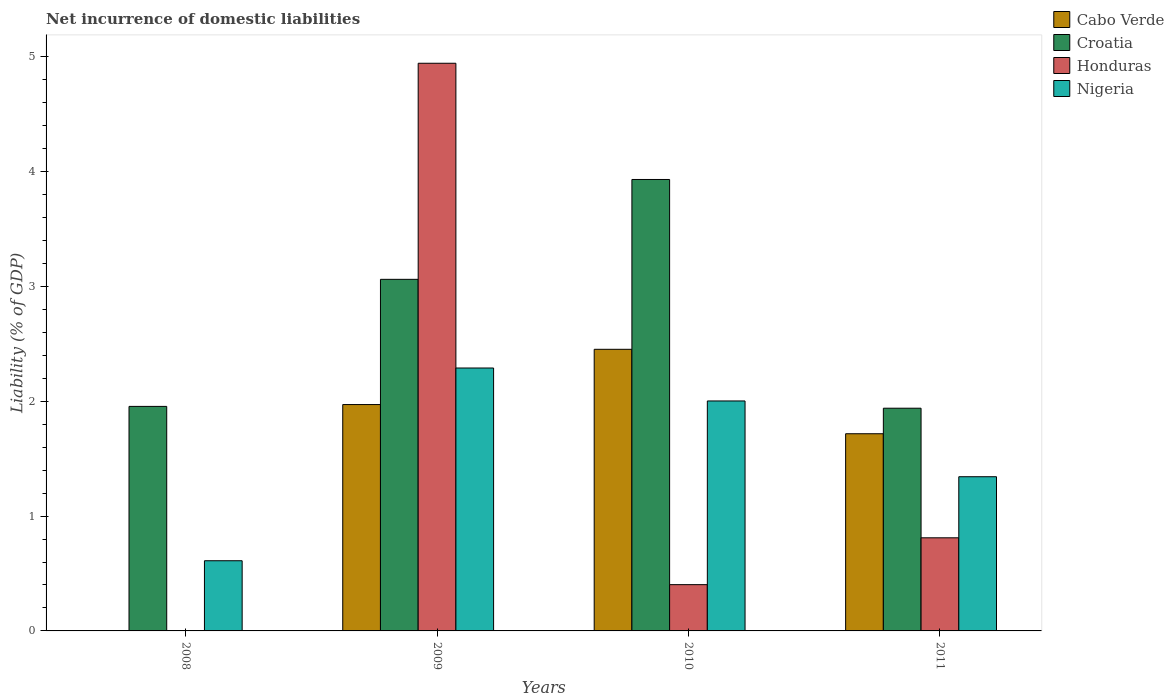
| Years | Cabo Verde | Croatia | Honduras | Nigeria |
 | --- | --- | --- | --- | --- |
 | 2008 | -1.58 | 1.95 | -1.22 | 0.611 |
 | 2009 | 1.97 | 3.06 | 4.94 | 2.29 |
 | 2010 | 2.45 | 3.93 | 0.403 | 2 |
 | 2011 | 1.72 | 1.94 | 0.811 | 1.34 |